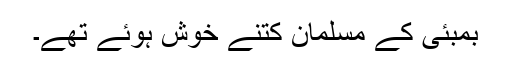
بمبئی کے مسلمان کتنے خوش ہوئے تھے۔